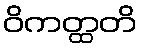
ဝိကတ္ထတိ